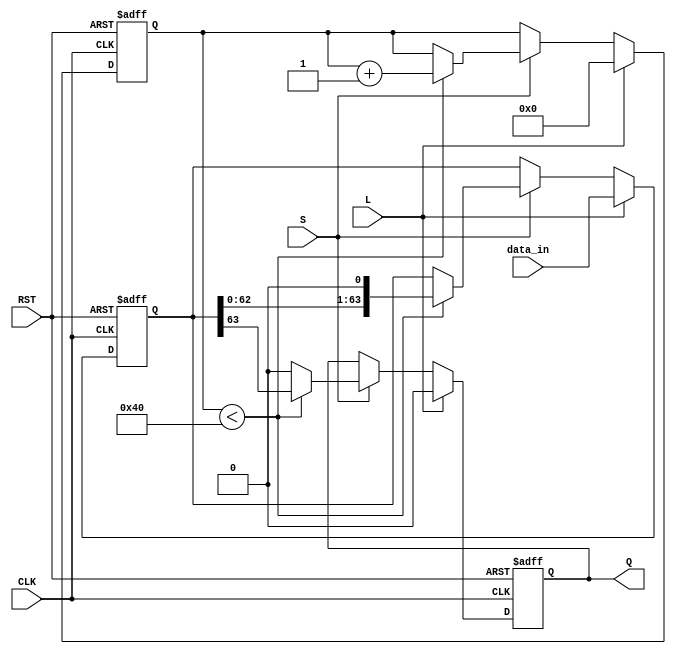
module piso_register(
    input wire [63:0] data_in,   // 64-bit input data
    input wire L,                 // Load control signal
    input wire S,                 // Shift control signal
    input wire CLK,               // Clock signal
    input wire RST,               // Reset signal
    output reg Q                  // Serial output
);

    reg [63:0] storage;           // Internal storage for the 64-bit data
    reg [5:0] shift_count;        // Counter for how many bits have been shifted out

    always @(posedge CLK or posedge RST) begin
        if (RST) begin
            storage <= 64'b0;      // Clear the storage on reset
            Q <= 1'b0;             // Set output to low
            shift_count <= 6'b0;   // Clear the shift counter
        end else if (L) begin
            storage <= data_in;    // Load data into the storage
            Q <= 1'b0;             // Output remains unchanged during load
            shift_count <= 6'b0;   // Reset shift count
        end else if (S) begin
            if (shift_count < 64) begin // Shift out until all bits are shifted
                Q <= storage[63]; // Output the MSB
                storage <= storage << 1; // Shift left the storage
                shift_count <= shift_count + 1; // Increment shift count
            end else begin
                Q <= 1'b0; // After all bits shifted, output remains low
            end
        end
    end
endmodule